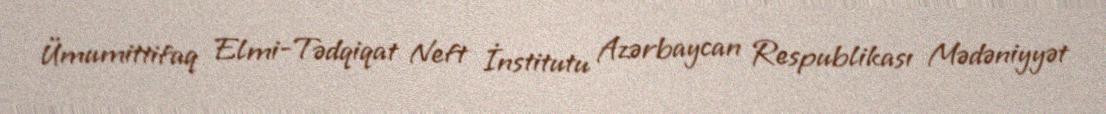
Ümumittifaq Elmi-Tədqiqat Neft İnstitutu Azərbaycan Respublikası Mədəniyyət